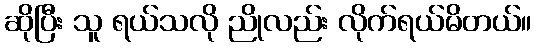
ဆိုပြီး သူ ရယ်သလို ညိုလည်း လိုက်ရယ်မိတယ်။